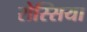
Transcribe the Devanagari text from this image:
रोस्सिया